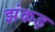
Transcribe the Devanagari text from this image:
झंकड़